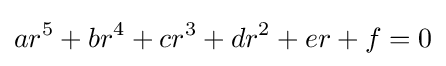
ar^{5}+br^{4}+cr^{3}+dr^{2}+er+f=0